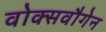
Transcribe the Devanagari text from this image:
वोक्सवौगेन